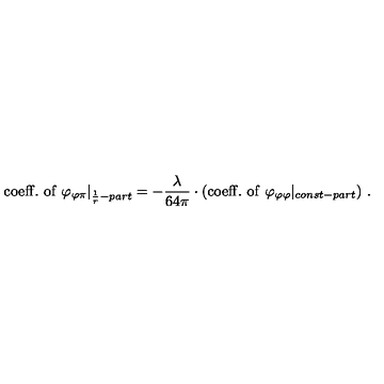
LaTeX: \mathrm { c o e f f . \ o f \ } \varphi _ { \varphi \pi } | _ { \frac { 1 } { r } - p a r t } = - \frac { \lambda } { 6 4 \pi } \cdot ( \mathrm { c o e f f . \ o f \ } \varphi _ { \varphi \varphi } | _ { c o n s t - p a r t } ) \ .